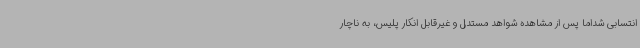
انتسابی شداما پس از مشاهده شواهد مستدل و غیرقابل انکار پلیس، به ناچار